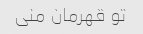
تو قهرمان منی